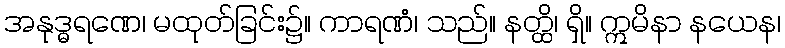
အနုဒ္ဓရဏေ၊ မထုတ်ခြင်း၌။ ကာရဏံ၊ သည်။ နတ္ထိ၊ ရှိ။ ဣမိနာ နယေန၊